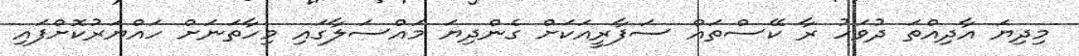
މިދިޔަ އާދިއްތަ ދުވަހު ރާ ކޭސްތައް ސަފާރީއަކަށް ގެންދިޔަ މައްސަލާގައި މިހާތަނަށް ހައްޔަރުކޮށްފައި